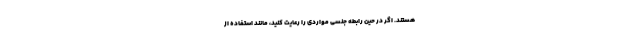
هستند. اگر در حین رابطه جنسی مواردی را رعایت کنید، مانند استفاده از